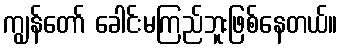
ကျွန်တော် ခေါင်းမကြည်ဘူးဖြစ်နေတယ်။